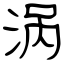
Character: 涡